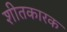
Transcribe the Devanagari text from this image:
शीतकारक